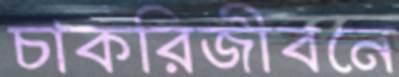
চাকরিজীবনে